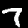
Label: 7